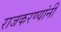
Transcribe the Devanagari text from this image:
राजकरण्यांनी